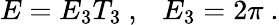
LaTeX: E=E_{3}T_{3}\ ,\ \ \ E_{3}=2\pi\ .